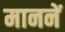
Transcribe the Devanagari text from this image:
माननें